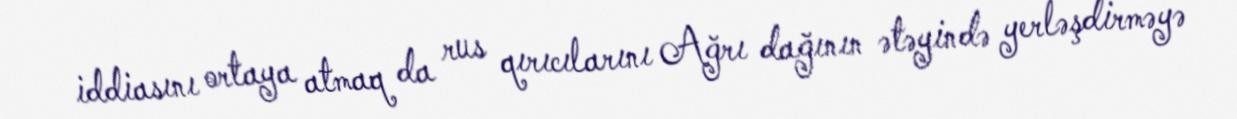
iddiasını ortaya atmaq da rus qırıcılarını Ağrı dağının ətəyində yerləşdirməyə